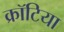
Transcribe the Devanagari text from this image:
क्रॉटिया